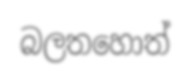
බලතහොත්